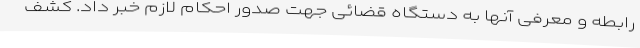
رابطه و معرفی آنها به دستگاه قضائی جهت صدور احکام لازم خبر داد. کشف